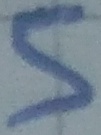
Text: 5